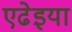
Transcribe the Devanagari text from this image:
एढेइया